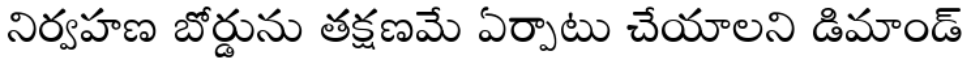
నిర్వహణ బోర్డును తక్షణమే ఏర్పాటు చేయాలని డిమాండ్